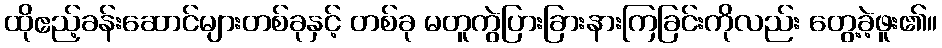
ထိုဧည့်ခန်းဆောင်များတစ်ခုနှင့် တစ်ခု မတူကွဲပြားခြားနားကြခြင်းကိုလည်း တွေ့ခဲ့ဖူး၏။